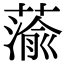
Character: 蕍